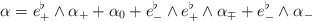
LaTeX: \begin{align*}\alpha = e_+^{\flat} \wedge \alpha_+ + \alpha_0 + e^{\flat}_- \wedge e_+^{\flat} \wedge \alpha_{\mp} + e_-^{\flat} \wedge \alpha_- \end{align*}